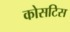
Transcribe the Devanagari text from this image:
कोसटिस